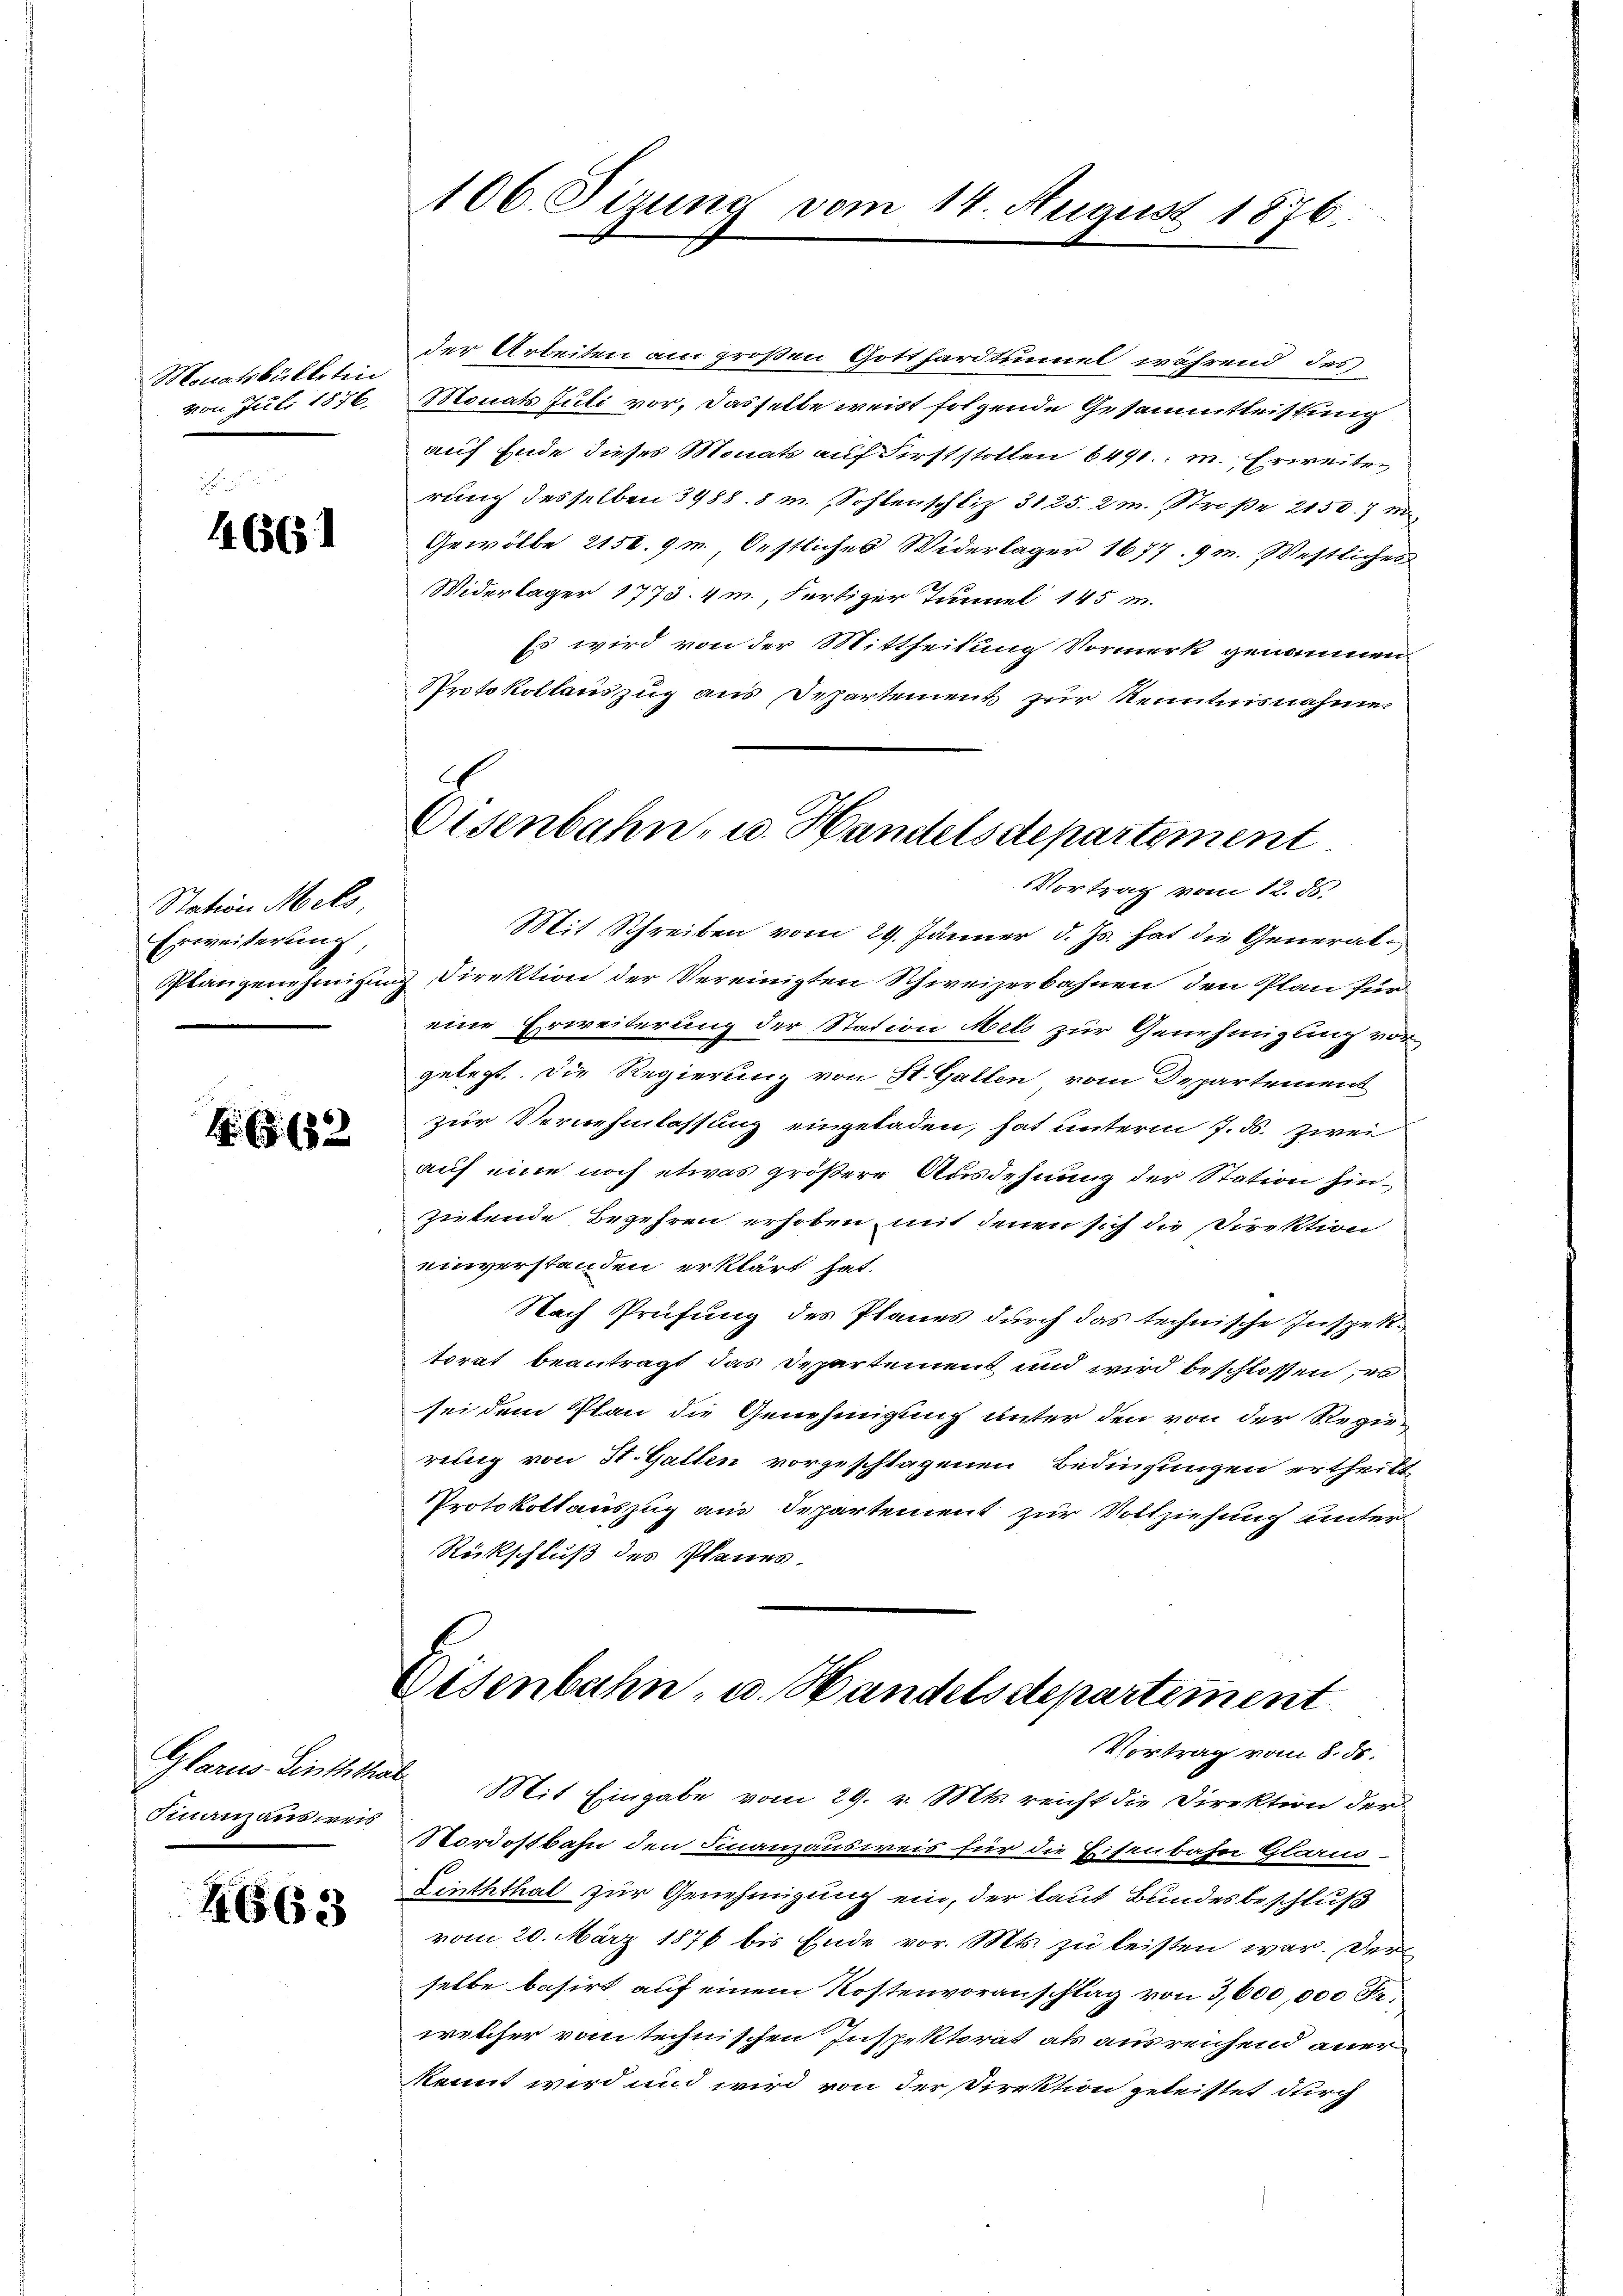
Monatsbülletin
von Juli 1876.

4661

Station Mels
Erweiserung,
Plangenehmigen

46 (82

Glarus Linththa
Finanzausweis

4663

106. Sizung vom 14. August 1876.

der Arbeiten am großen Gotthardtsumel während des
Monats Juli vor, dasselbe weist folgende Gesammtteistung
auf Ende dieses Monats auf Firststollen 6491. m. Erweiterung desselben 3988. 8 m. Sohlenschliz 3125. 2 m. Straße 2150. 7 mi
Gewölbe 2150. 9m, Oestliches Widerlager 1677. 9 m. Westliches
Widerlager 1775. 4m Fertiger Tunnel 145 m
Es wird von der Mittheilung Vormerk genommen,
Protokollauszug aus Departement zur Kenntnisnahme.
Mit Schreiben vom 29. Jänner d. Js. hat die General¬
u Direktion der Vereinigten Schweizerbahnen den Plan für
eine Erweiterung der Station Mels zur Genehmigung vorgelegt. Die Regierung von St. Gallen vom Departement
zur Vernehmlassung eingeladen, hat unterm 7. ds. zwei
auf eine noch etwas größere Ausdehnung der Station hin¬
Zietende Begehren erhoben, mit denen sich die Direktion
einverstanden erklärt hat.
Nach Prüfung des Planes durch das technische Inspektorat beantragt das Departement und wird beschlossen, es
sei dem Plan die Genehmigung unter den von der Regiereng von St. Gatten vorgeschlagenen Bedingungen ertheilt
Protokollauszug aus Departement zur Vollziehung unter¬
Rückschluß des Planes.

Eisenbahn, u. Handelsdepartement
Vortrag vom 12. 86.

Eisenbahn- u. Handelsdepartement
Vortrag vom 8. ds.

Mit Eingabe vom 29. v. Mts. reicht die Direktion der
Nordostbahn den Finanzausweis für die Eisenbahn Glarus-
Linththal zur Genehmigung ein, der laut Bundesbeschluß
vom 20. März 1876 bis Ende vor. Mts. zu leisten war. Der
selbe basirt auf einem Kostenvoranschlag von 3,600,000 Fr.
welcher vom technischen Inspektorat als ausreichend anerkannt wird und wird von der Direktion geleistet durch